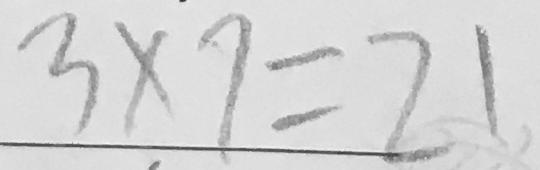
3 \times 7 = 2 1